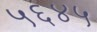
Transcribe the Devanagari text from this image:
५६४५